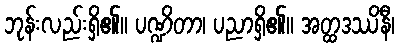
ဘုန်းလည်းရှိ၏။ ပဏ္ဍိတာ၊ ပညာရှိ၏။ အတ္ထဒဿိနီ၊